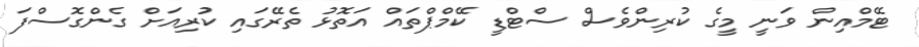
ޓޭމްއިން ވަނީ މީގެ ކުރިންވެސް ސްޓްޑީ ކޭމްޕްތައް އަތޮޅު ތެރޭގައި ކުރިއަށް ގެންގޮސްފަ